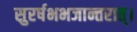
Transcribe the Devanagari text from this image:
सुरर्षभभजान्तरात्।